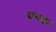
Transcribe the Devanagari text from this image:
बगडा